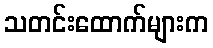
သတင်းထောက်များက